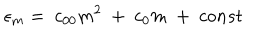
LaTeX: { \epsilon } _ { m } = \ c _ { 0 0 } m ^ { 2 } \ + \ c _ { 0 } m \ + \ c o n s t